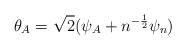
LaTeX: \begin{align*}\theta_A = \sqrt 2(\psi_A + n^{-{1 \over 2}}\psi_n)\end{align*}